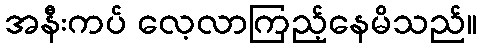
အနီးကပ် လေ့လာကြည့်နေမိသည်။